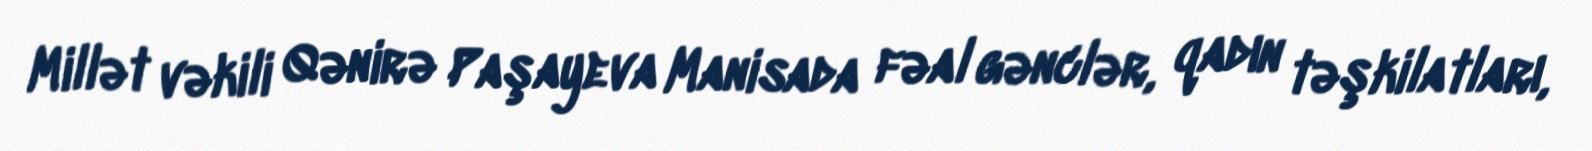
Millət vəkili Qənirə Paşayeva Manisada fəal gənclər, qadın təşkilatları,